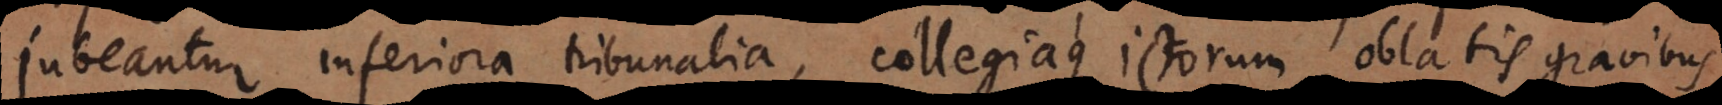
jubeantur inferiora tribunalia, collegiaque Jurisconsultorum, oblatis gravibus